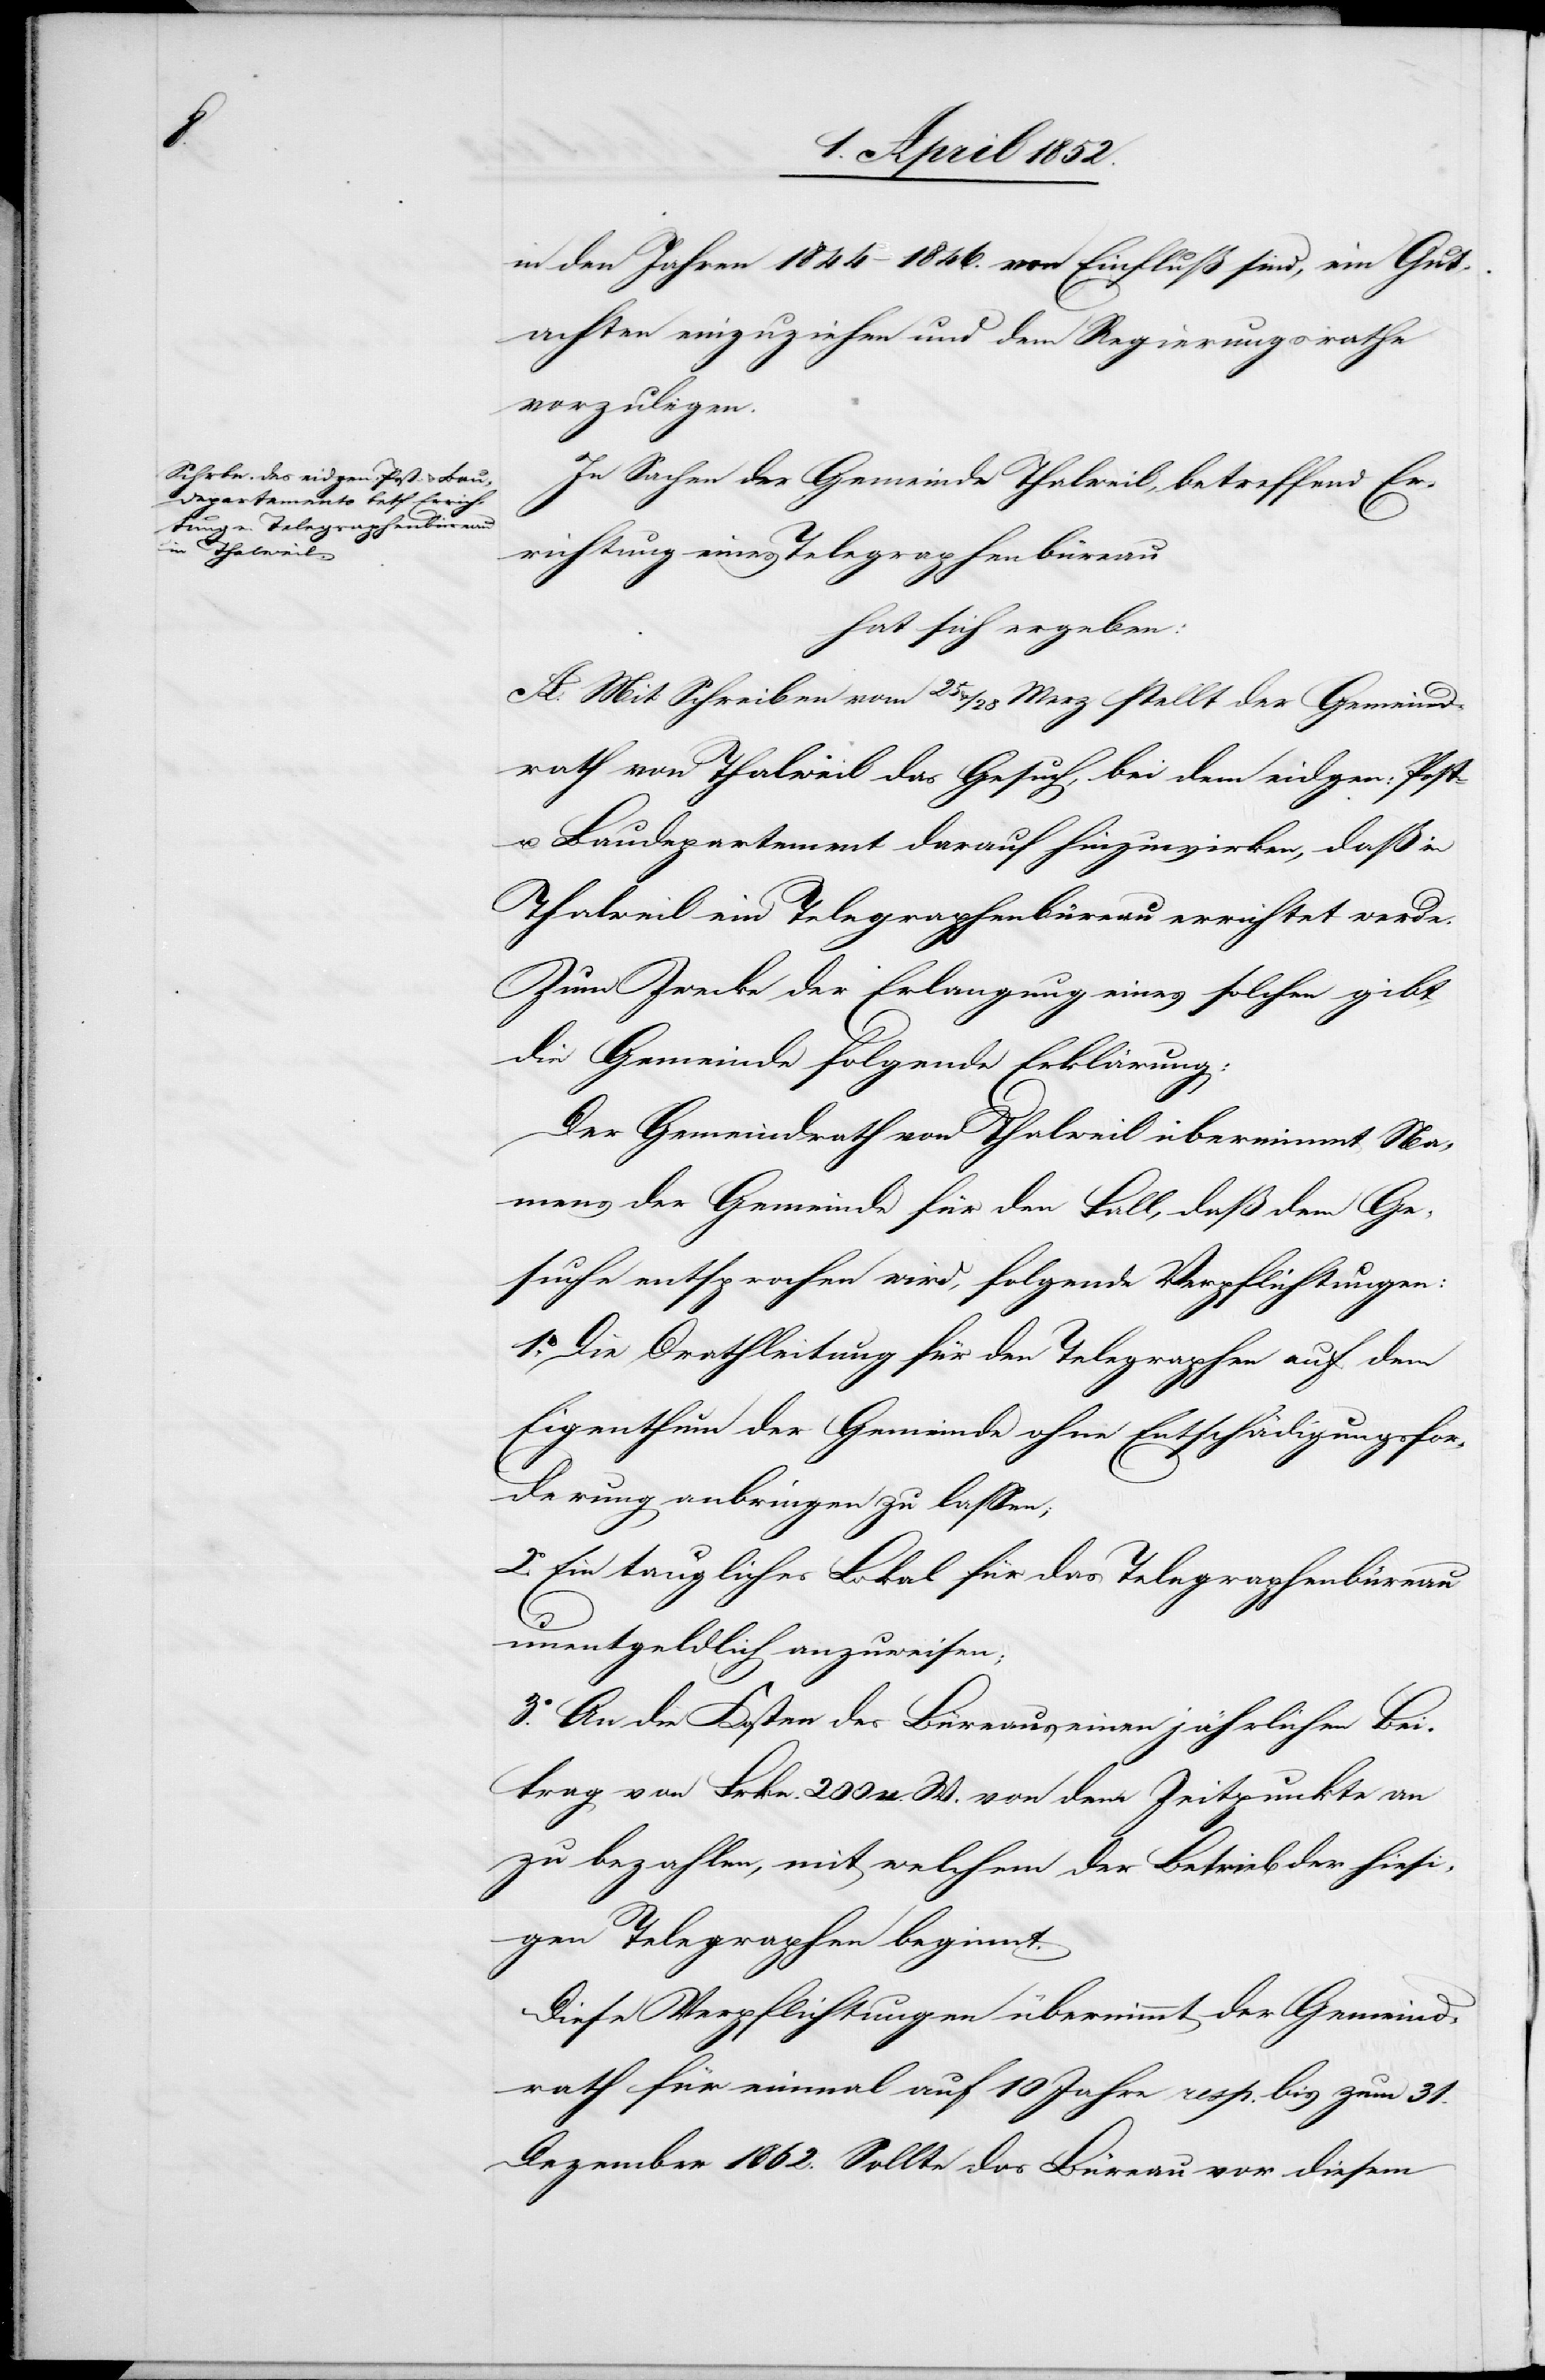
in den Jahren 1844–1846. von Einfluß sind, ein Gut¬
achten einzuziehen und dem Regierungsrathe
vorzulegen.
In Sachen der Gemeinde Thalweil, betreffend Er¬
richtung eines Telegraphenbüreau
hat sich ergeben:
A. Mit Schreiben vom 25 & / 28 Merz stellt der Gemeind¬
rath von Thalweil das Gesuch, bei dem eidgen: Post-
u. Baudepartement darauf hinzuwirken, daß in
Thalweil ein Telegraphenbüreau errichtet werde.
Zum Zwecke der Erlangung eines solchen gibt
die Gemeinde folgende Erklärung:
Der Gemeindrath von Thalweil übernimmt Na¬
mens der Gemeinde für den Fall, daß dem Ge¬
suche entsprochen wird, folgende Verpflichtungen:
1.o Die Drathleitung für den Telegraphen auf dem
Eigenthum der Gemeinde ohne Entschädigungsfor¬
derung anbringen zu lassen;
2.o Ein taugliches Lokal für das Telegraphenbüreau
unentgeldlich anzuweisen;
3.o An die Kosten des Büreaus einen jährlichen Bei¬
trag von Frkn. 200 n. W. von dem Zeitpunkte an
zu bezahlen, mit welchem der Betrieb der hiesi¬
gen Telegraphen beginnt.
Diese Verpflichtungen übernimmt der Gemeind¬
rath für einmal auf 10 Jahre resp. bis zum 31.
Dezember 1862. Sollte das Büreau vor diesem